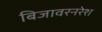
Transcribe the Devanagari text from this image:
बिजावरनरेश